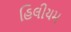
હિલીયમ